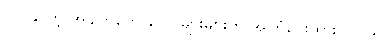
လုပ်နိုင်တဲ့ အချက်တော်တော်များများကို အကြံပေးထားပါတယ်။